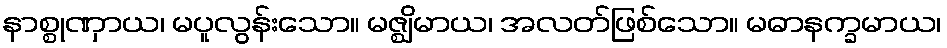
နာစ္စုဏှာယ၊ မပူလွန်းသော။ မဇ္ဈိမာယ၊ အလတ်ဖြစ်သော။ မဓာနက္ခမာယ၊